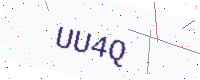
Text: UU4Q